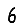
Digit: 6